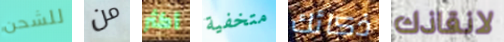
للشحن من أكثر متخفية ذكائك لانقاذك